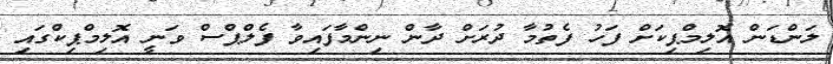
ލަންޑަން އޮލިމްޕިކަށް ފަހު ފެތުމާ ދުރަށް ދާން ނިންމާފައިވާ ފެލްޕްސް ވަނީ އޮލިމްޕިކްގައި